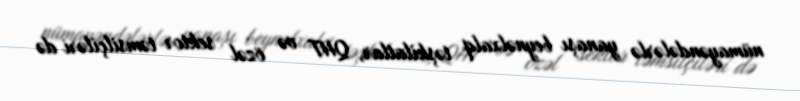
nümayəndələrlə yanaşı beynəlxalq təşkilatlar, QHT və özəl sektor təmsilçiləri də